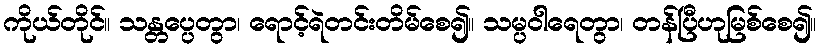
ကိုယ်တိုင်။ သန္တပ္ပေတွာ၊ ရောင့်ရဲတင်းတိမ်စေ၍။ သမ္ပဝါရေတွာ၊ တန်ပြီဟုမြစ်စေ၍။